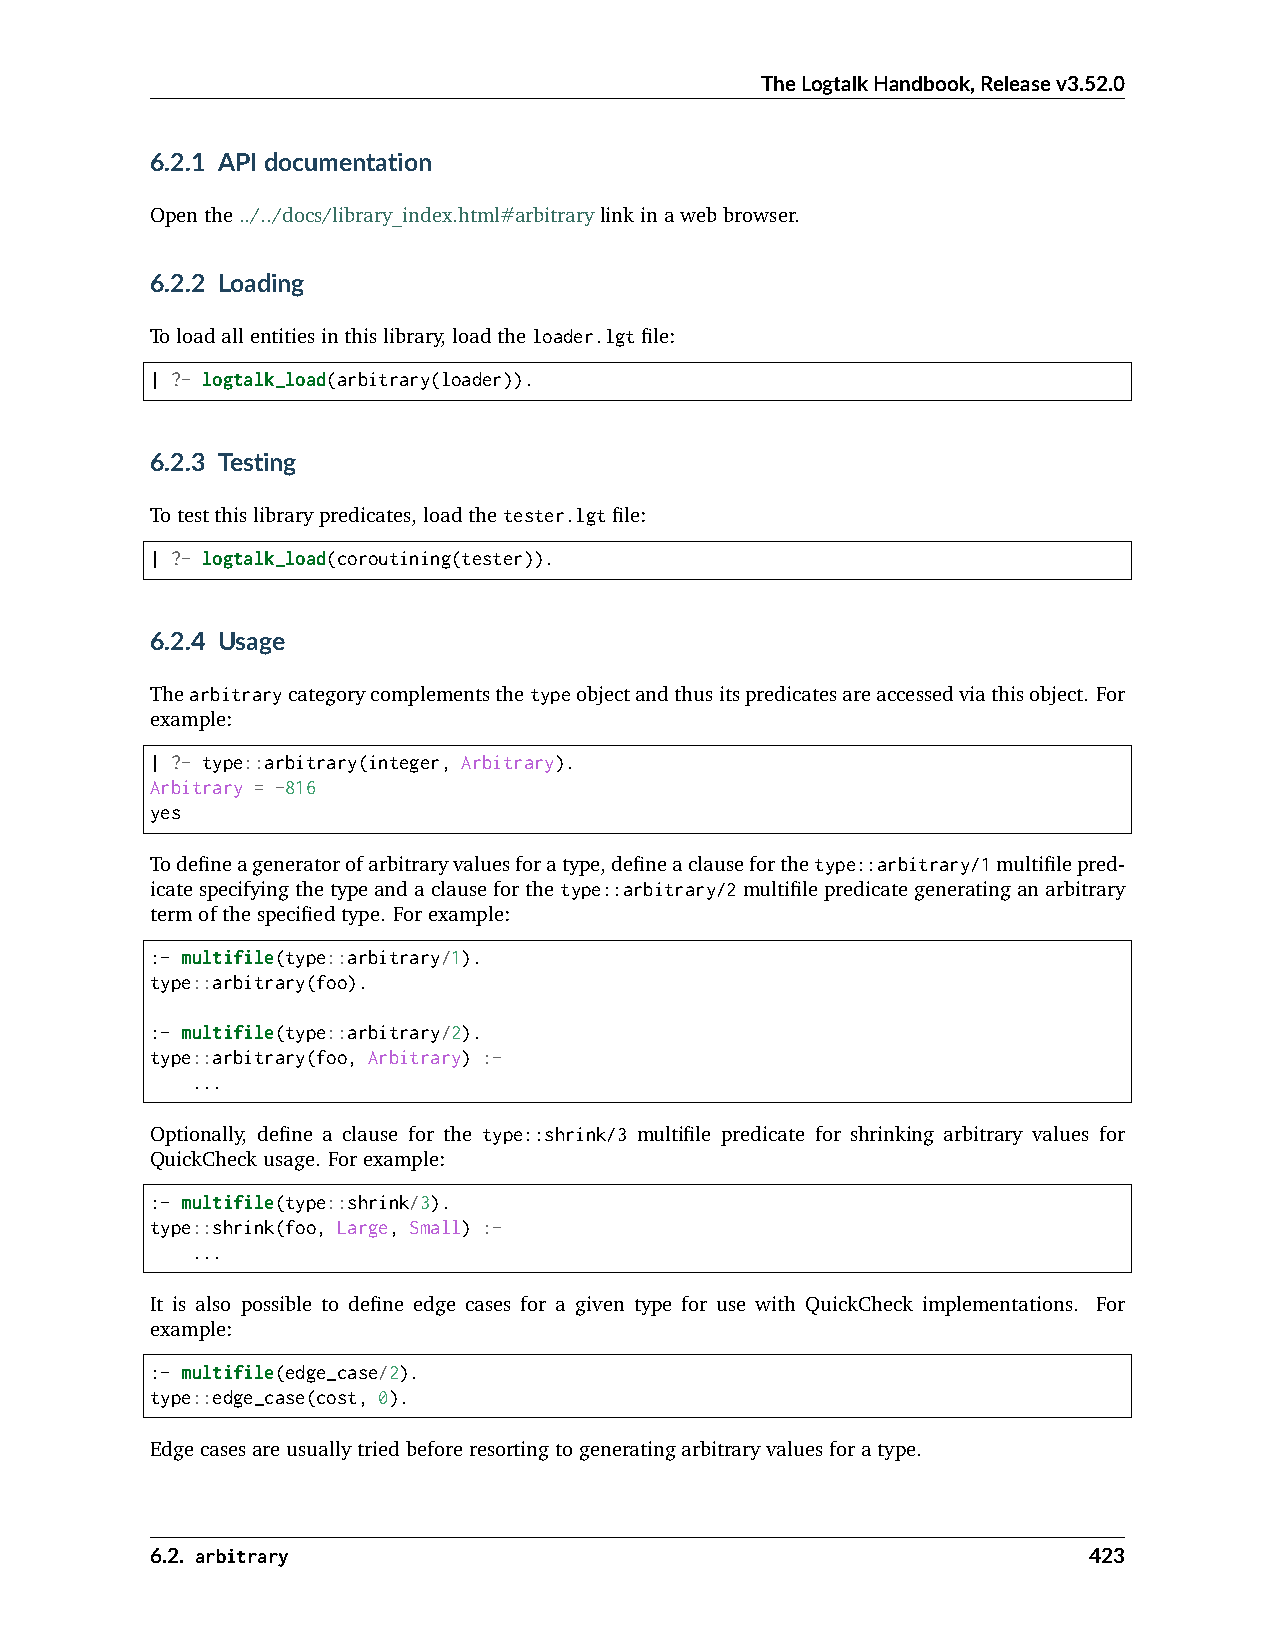
TheLogtalkHandbook,Releasev3.52.0
 6.2.1 APIdocumentation
 Openthe../../docs/library_index.html#arbitrarylinkinawebbrowser.
 6.2.2 Loading
 Toloadallentitiesinthislibrary,loadtheloader.lgtfile:
 | ?- logtalk_load(arbitrary(loader)).
 6.2.3 Testing
 Totestthislibrarypredicates,loadthetester.lgtfile:
 | ?- logtalk_load(coroutining(tester)).
 6.2.4 Usage
 Thearbitrarycategorycomplementsthetypeobjectandthusitspredicatesareaccessedviathisobject. For
 example:
 | ?- type::arbitrary(integer, Arbitrary).
 Arbitrary = -816
 yes
 Todefineageneratorofarbitraryvaluesforatype,defineaclauseforthetype::arbitrary/1multifilepred-
 icatespecifyingthetypeandaclauseforthetype::arbitrary/2multifilepredicategeneratinganarbitrary
 termofthespecifiedtype. Forexample:
 :- multifile(type::arbitrary/1).
 type::arbitrary(foo).
 :- multifile(type::arbitrary/2).
 type::arbitrary(foo, Arbitrary) :-
 ...
 Optionally, define a clause for the type::shrink/3 multifile predicate for shrinking arbitrary values for
 QuickCheckusage. Forexample:
 :- multifile(type::shrink/3).
 type::shrink(foo, Large, Small) :-
 ...
 It is also possible to define edge cases for a given type for use with QuickCheck implementations. For
 example:
 :- multifile(edge_case/2).
 type::edge_case(cost, 0).
 Edgecasesareusuallytriedbeforeresortingtogeneratingarbitraryvaluesforatype.
 6.2. arbitrary                                                423